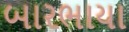
બારભાયા